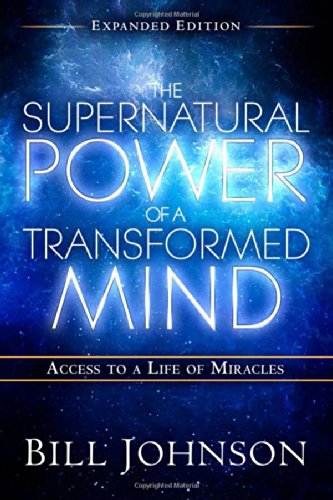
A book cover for The Supernatural Power of a Transformed Mind Expanded Edition: Access to a Life of Miracles; Bill Johnson; Christian Books & Bibles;